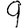
Digit: 9